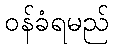
ဝန်ခံရမည်